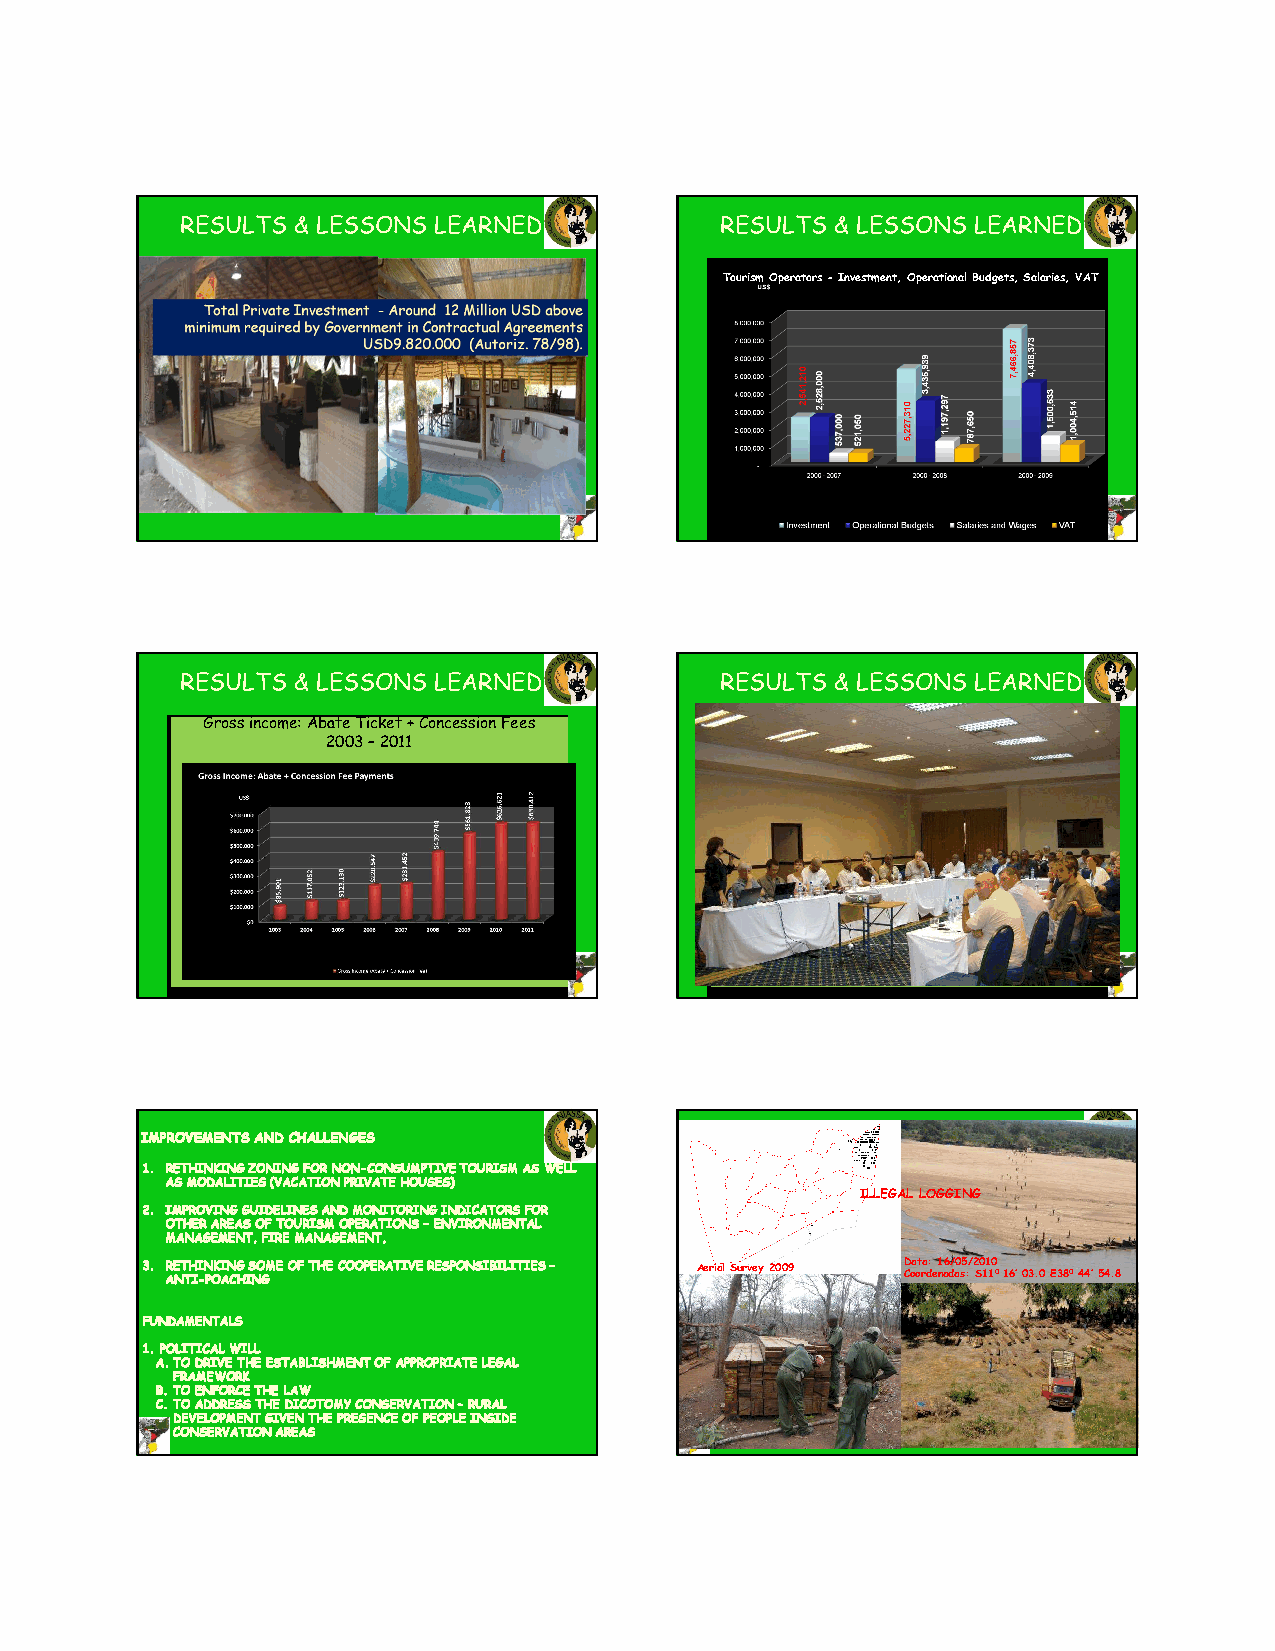
RESULTS & LESSONS LEARNED           RESULTS & LESSONS LEARNED
 Tourism Operators -Investment, Operational Budgets, Salaries, VAT
 RESULTS & LESSONS LEARNED           RESULTS & LESSONS LEARNED
 Gross income: Abate Ticket + Concession Fees Gross income: Abate Ticket + Concession Fees
 Tourism Operators -Inves2tm0e0nt3, O–p2er0a1ti1onal Budgets, Salaries, VAT Tourism Operators -Inves2tm0e0nt3, O–p2er0a1ti1onal Budgets, Salaries, VAT
 ILLEGAL LOGGING
 Data: 16/05/2010
 Aerial Survey 2009 Coordenadas: S11016’03.0 E38044’54.8